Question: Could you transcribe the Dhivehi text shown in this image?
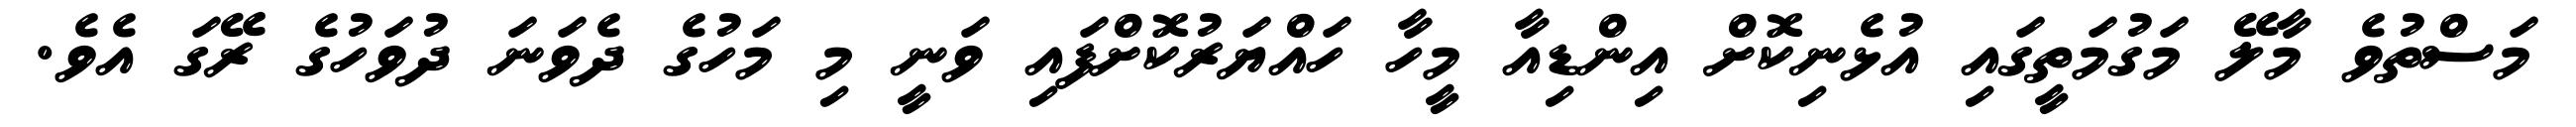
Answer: މަސްތުވެ މާލޭ މަގުމަތީގައި އުޅެނިކޮށް އިންޑިއާ މީހާ ހައްޔަރުކޮށްފައި ވަނީ މި މަހުގެ ދެވަނަ ދުވަހުގެ ރޭގަ އެވެ.